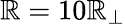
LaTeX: \mathbb{R}=10\mathbb{R}_{\perp}